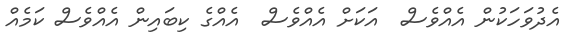
އެދުވަހަކުން އެއްވެސް  އަކަށް އެއްވެސް  އެއްގެ ކިބައިން އެއްވެސް ކަމެއް